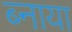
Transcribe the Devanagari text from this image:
ब्नाया